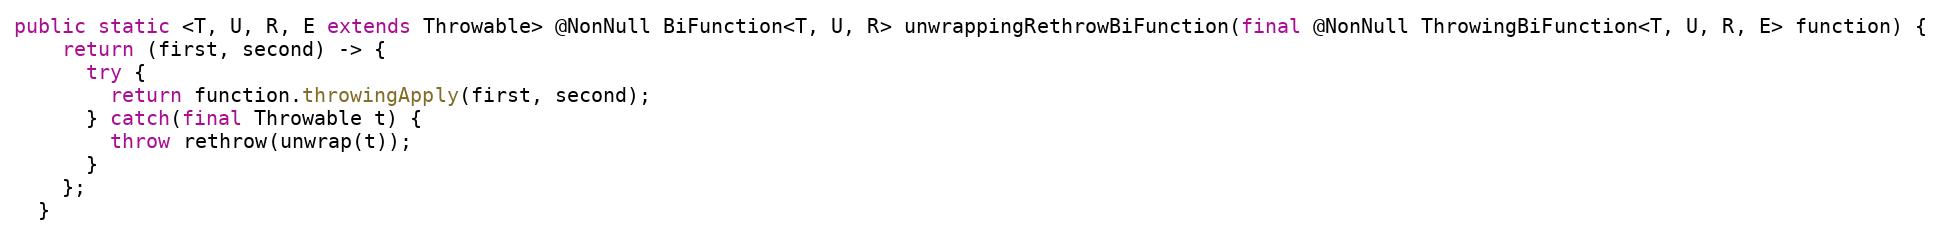
Language: Java
public static <T, U, R, E extends Throwable> @NonNull BiFunction<T, U, R> unwrappingRethrowBiFunction(final @NonNull ThrowingBiFunction<T, U, R, E> function) {
    return (first, second) -> {
      try {
        return function.throwingApply(first, second);
      } catch(final Throwable t) {
        throw rethrow(unwrap(t));
      }
    };
  }